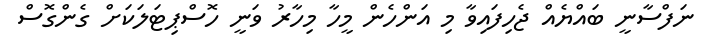
ނަފްސާނީ ބައްޔެއް ޖެހިފައިވާ މި އަންހެން މީހާ މިހާރު ވަނީ ހޮސްޕިޓަލަކަށް ގެންގޮސް